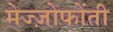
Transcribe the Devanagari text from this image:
मेज्ज़ोफोंती